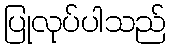
ပြုလုပ်ပါသည်